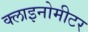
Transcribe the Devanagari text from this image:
क्लाइनोमीटर